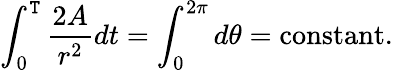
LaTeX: \int_{0}^{\mathtt{T}}{\frac{{2A}}{{r^{2}}}}dt=\int_{0}^{2\pi}d\theta=\mathrm{{constant}}.